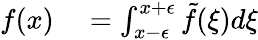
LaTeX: \begin{array}{rl}{f(x)}&{{}=\int_{x-\epsilon}^{x+\epsilon}\tilde{f}(\xi)d\xi}\end{array}